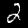
Digit: 2